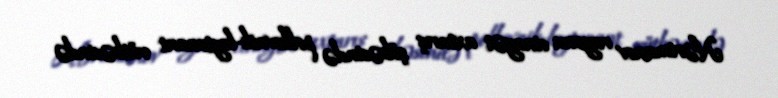
Nərimanov rayonu cinayət axtarış şöbəsində polkovnik-leytenant rütbəsində